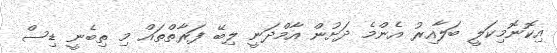
އިކޮނޮމިކަލީ ބަލާއިރު އެންމެ ދަށުން އާމްދަނީ ލިބޭ ފަރާތްތައް މި ތިބެނީ ޑިސް